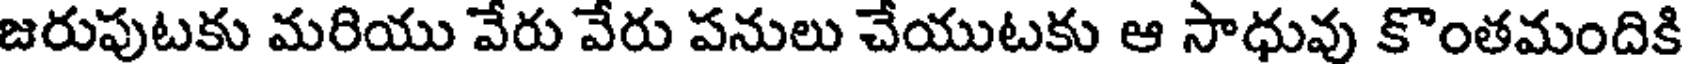
జరుపుటకు మరియు వేరు వేరు పనులు చేయుటకు ఆ సాధువు కొంతమందికి